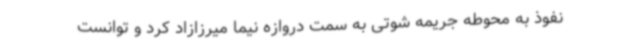
نفوذ به محوطه جریمه شوتی به سمت دروازه نیما میرزازاد کرد و توانست